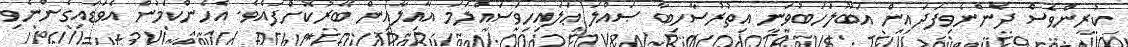
ކުރީންވެސް ދެންނެވިފަދައިން އަބޫލަހަބުވަނީ އިތުރުސާހިބާ ޞައްލަ ޢަލައިހިވަސައްލަމަ އާއިލާއިން ބޭރުކޮށްފައެވެ. އެހެންކަމުން އެވަޑައިގެންނެވި